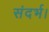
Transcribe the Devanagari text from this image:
संदर्भ।